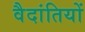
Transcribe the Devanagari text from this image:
वैदांतियों